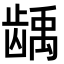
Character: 龋